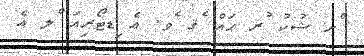
ްށ ޝުކު ުރ ޙައް ެޤ ެވ. އެ ިޑޓޯރިއަ ްލ އެ